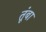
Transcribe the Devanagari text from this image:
तूंबा